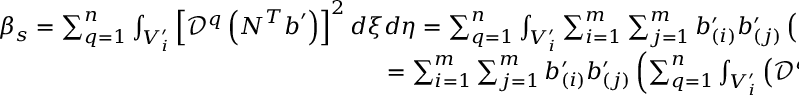
\begin{array} { r } { \beta _ { s } = \sum _ { q = 1 } ^ { n } \int _ { V _ { i } ^ { \prime } } \left[ \mathcal { D } ^ { q } \left( \boldsymbol { N } ^ { T } \boldsymbol { b } ^ { \prime } \right) \right] ^ { 2 } d \xi d \eta = \sum _ { q = 1 } ^ { n } \int _ { V _ { i } ^ { \prime } } \sum _ { i = 1 } ^ { m } \sum _ { j = 1 } ^ { m } b _ { ( i ) } ^ { \prime } b _ { ( j ) } ^ { \prime } \left( \mathcal { D } ^ { q } N _ { ( i ) } \right) \left( \mathcal { D } ^ { q } N _ { ( j ) } \right) d \xi d \eta } \\ { = \sum _ { i = 1 } ^ { m } \sum _ { j = 1 } ^ { m } b _ { ( i ) } ^ { \prime } b _ { ( j ) } ^ { \prime } \left( \sum _ { q = 1 } ^ { n } \int _ { V _ { i } ^ { \prime } } \left( \mathcal { D } ^ { q } N _ { ( i ) } \right) \left( \mathcal { D } ^ { q } N _ { ( j ) } \right) d \xi d \eta \right) , } \end{array}